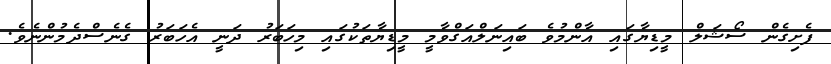
ފެށިގެން ސޯޝަލް މީޑިޔާގައި އާންމުވެ ބައިނަލްއަގްވާމީ މީޑިޔާތަކުގައި މިހަބަރު ދަނީ އެހަބަރު ގެނެސްދެމުންނެވެ.